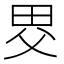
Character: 𤱀